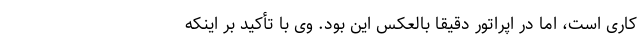
کاری است، اما در اپراتور دقیقا بالعکس این بود. وی با تأکید بر اینکه